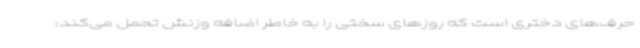
حرف‌های دختری است که روزهای سختی را به خاطر اضافه وزنش تحمل می‌کند: